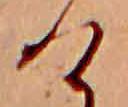
け